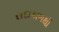
સદાકાળથી